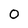
Character: 0